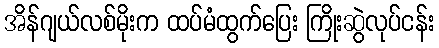
အိန်ဂျယ်လစ်မိုးက ထပ်မံထွက်ပြေး ကြိုးဆွဲလုပ်ငန်း